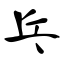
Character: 乓